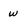
Character: W